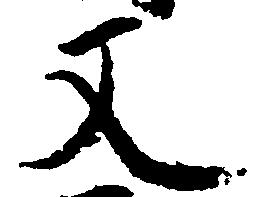
又